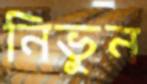
নিভুন